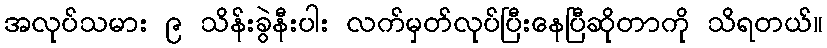
အလုပ်သမား ၉ သိန်းခွဲနီးပါး လက်မှတ်လုပ်ပြီးနေပြီဆိုတာကို သိရတယ်။